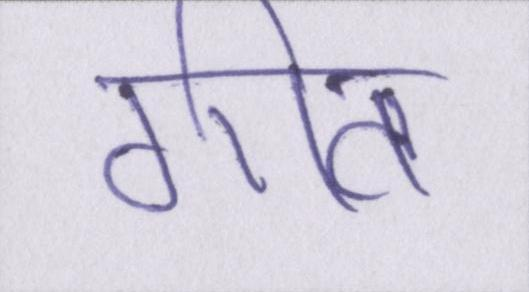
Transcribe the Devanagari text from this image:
गीत